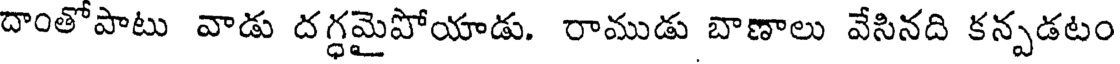
దాంతోపాటు వాడు దగ్ధమైపోయాడు. రాముడు బాణాలు వేసినది కన్పడటం